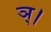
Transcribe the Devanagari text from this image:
ञ्।